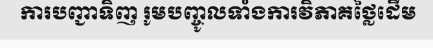
ការបញ្ជាទិញ រូមបញ្ចូលទាំងការវិភាគថ្លៃដើម